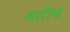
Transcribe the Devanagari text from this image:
यतींचे